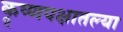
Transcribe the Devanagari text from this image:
कृ्ष्णपक्षातल्या